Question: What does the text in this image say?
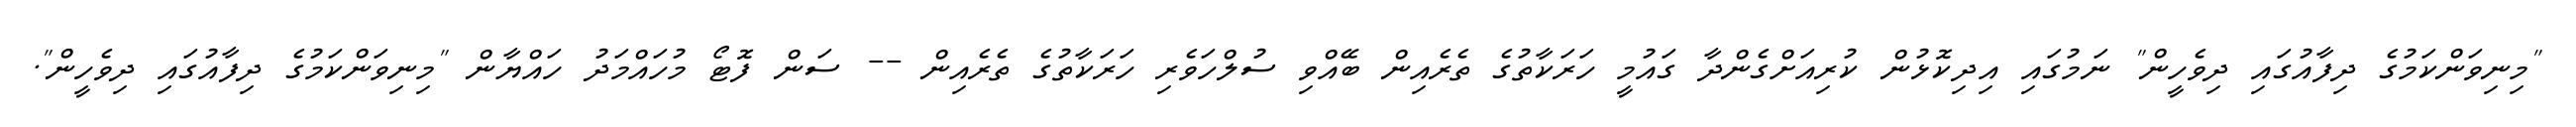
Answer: "މިނިވަންކަމުގެ ދިފާއުގައި ދިވެހީން" ނަމުގައި އިދިކޮޅުން ކުރިއަށްގެންދާ ގައުމީ ހަރަކާތުގެ ތެރެއިން ބޭއްވި ސުލްހަވެރި ހަރަކާތުގެ ތެރެއިން -- ސަން ފޮޓޯ މުހައްމަދު ހައްޔާން "މިނިވަންކަމުގެ ދިފާއުގައި ދިވެހީން".